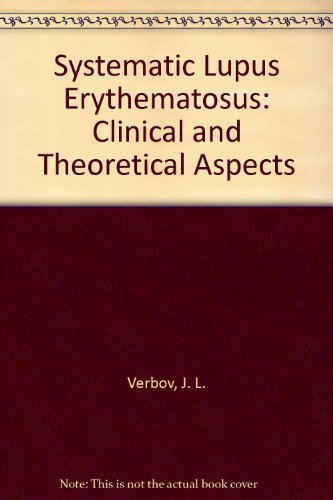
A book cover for Systematic Lupus Erythematosus: Clinical and Theoretical Aspects; J. L. Verbov; Health, Fitness & Dieting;